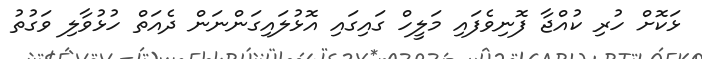
ޅަކޮށް ހުރި ކުއްޖާ ފޮނިވެފައި މަލީހް ގައިގައި އޮޅުލައިގަންނަން ދެއަތް ހުޅުވާލި ވަގުތު